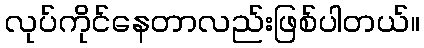
လုပ်ကိုင်နေတာလည်းဖြစ်ပါတယ်။